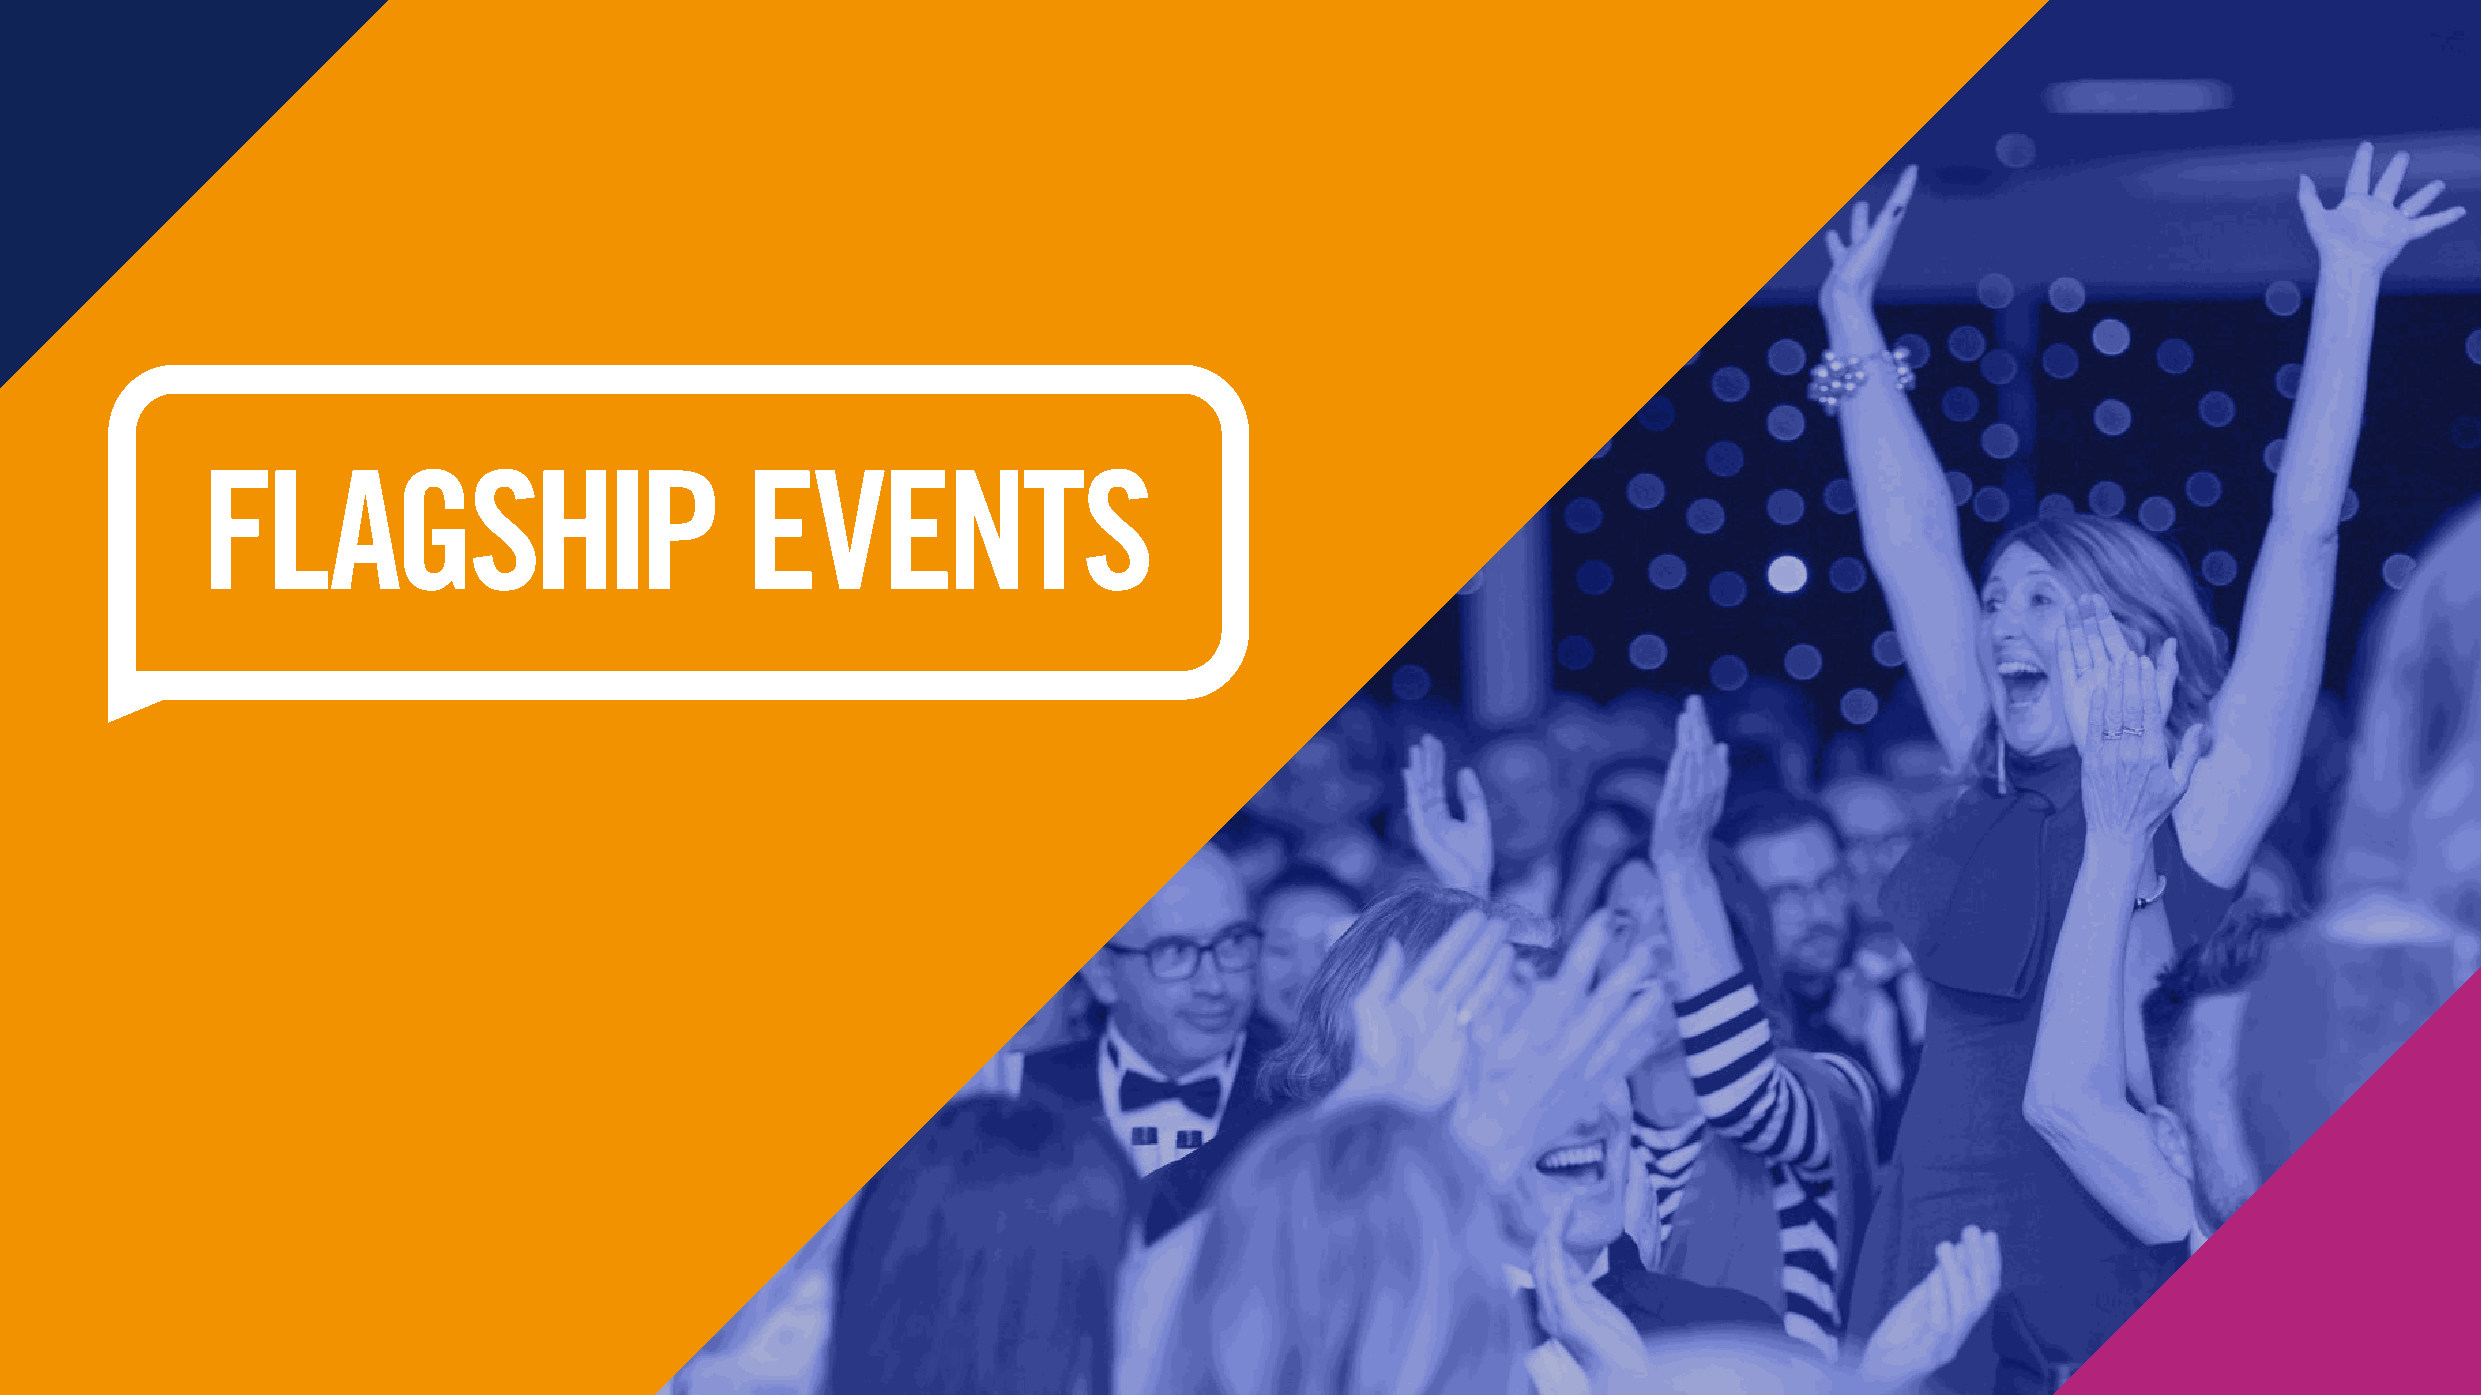
FLAGSHIP                            EVENTS
 BREAKER                    PAGE            TITLE
 BREAKER                    PAGE            TITLE
 Sub   Title